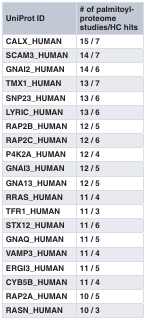
| UniProt ID | # of palmitoyl-proteomestudies/HC hits |
 | --- | --- |
 | CALX_HUMAN | 15 / 7 |
 | SCAM3_HUMAN | 14 / 7 |
 | GNAI2_HUMAN | 14 / 6 |
 | TMX1_HUMAN | 13 / 7 |
 | SNP23_HUMAN | 13 / 6 |
 | LYRIC_HUMAN | 13 / 6 |
 | RAP2B_HUMAN | 12 / 5 |
 | RAP2C_HUMAN | 12 / 6 |
 | P4K2A_HUMAN | 12 / 4 |
 | GNAI3_HUMAN | 12 / 5 |
 | GNA13_HUMAN | 12 / 5 |
 | RRAS_HUMAN | 11 / 4 |
 | TFR1_HUMAN | 11 / 3 |
 | STX12_HUMAN | 11 / 6 |
 | GNAQ_HUMAN | 11 / 5 |
 | VAMP3_HUMAN | 11 / 4 |
 | ERGI3_HUMAN | 11 / 5 |
 | CYB5B_HUMAN | 11 / 4 |
 | RAP2A_HUMAN | 10 / 5 |
 | RASN_HUMAN | 10 / 3 |